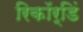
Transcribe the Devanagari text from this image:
रिकॉर्डिं